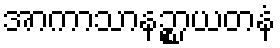
အာကာသာနဉ္စာယတနံ